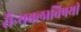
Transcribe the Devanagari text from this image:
सैन्यबलाविषयी